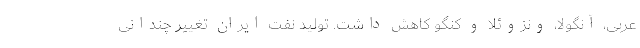
عربی، آنگولا، ونزوئلا و کنگو کاهش داشت. تولید نفت ایران تغییر چندانی